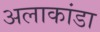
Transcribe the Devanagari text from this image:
अलाकांडा